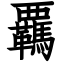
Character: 覊